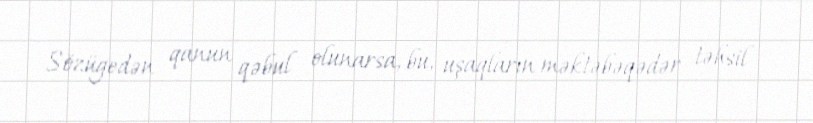
Sözügedən qanun qəbul olunarsa, bu, uşaqların məktəbəqədər təhsil